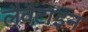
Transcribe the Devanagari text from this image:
लैवैंटाइन